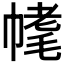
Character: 𣮳